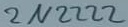
Text: 2N2222